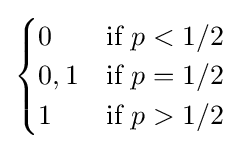
{\begin{cases}0&{\text{if }}p<1/2\\0,1&{\text{if }}p=1/2\\1&{\text{if }}p>1/2\end{cases}}